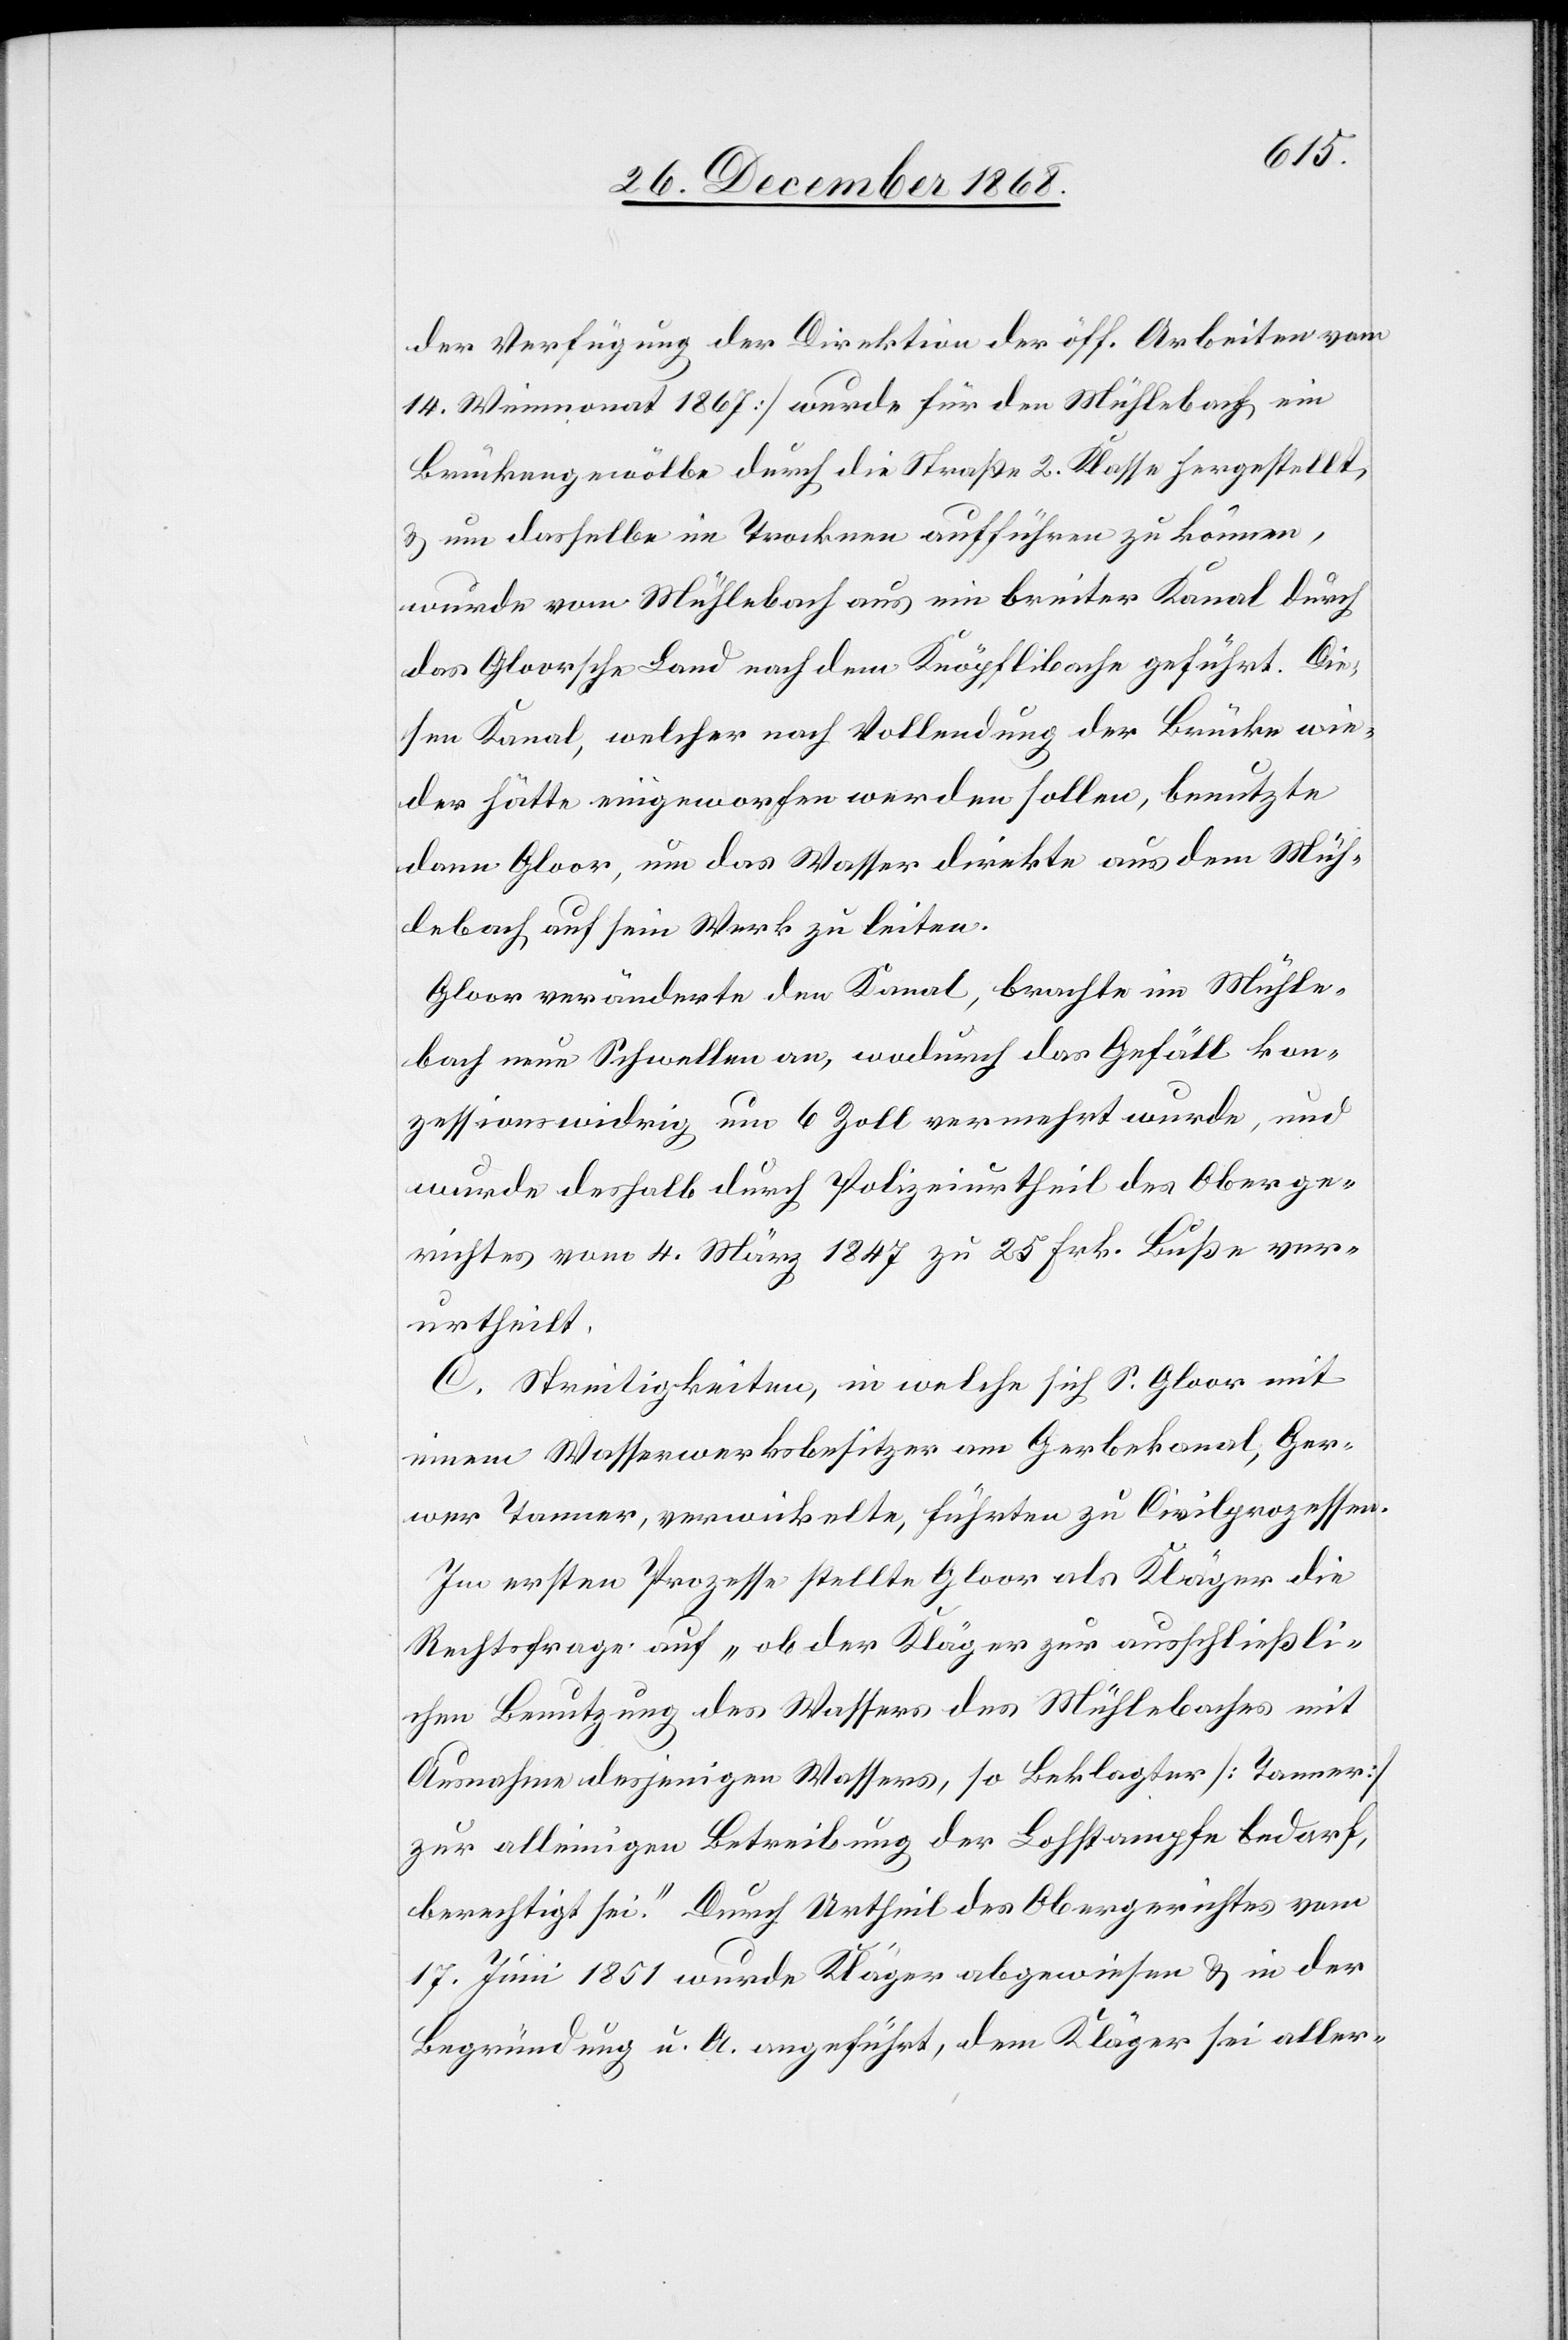
der Verfügung der Direktion der öff. Arbeiten vom
14. Weinmonat 1867] wurde für den Mühlebach ein
Brückengewölbe durch die Straße 2. Klasse hergestellt,
& um dasselbe im Trocknen aufführen zu können,
wurde vom Mühlebach aus ein breiter Kanal durch
das Gloorsche Land nach dem Knöpflibache geführt. Die¬
sen Kanal, welcher nach Vollendung der Brücke wie¬
der hätte eingeworfen werden sollen, benutzte
dann Gloor, um das Wasser direkte aus dem Müh¬
lebach auf sein Werk zu leiten.
Gloor veränderte den Kanal, brachte im Mühle¬
bach neue Schwellen an, wodurch das Gefäll kon¬
zessionswidrig um 6 Zoll vermehrt wurde, und
wurde deshalb durch Polizeiurtheil des Oberge¬
richtes vom 4. März 1847 zu 25 Frk. Buße ver¬
urtheilt.
C. Streitigkeiten, in welche sich S. Gloor mit
einem Wasserwerksbesitzer am Gerbekanal, Ger¬
wer Tanner, verwickelte, führten zu Civilprozessen.
Im ersten Prozesse stellte Gloor als Kläger die
Rechtsfrage auf „ob der Kläger zur ausschließli¬
chen Benutzung des Wassers des Mühlebaches mit
Ausnahme desjenigen Wassers, so Beklagter [Tanner]
zur alleinigen Betreibung der Lohstampfe bedarf,
berechtigt sei.“ Durch Urtheil des Obergerichtes vom
17. Juni 1851 wurde Kläger abgewiesen & in der
Begründung u. A. angeführt, dem Kläger sei aller-